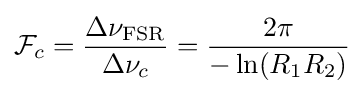
{\mathcal {F}}_{c}={\frac {\Delta \nu _{\rm {FSR}}}{\Delta \nu _{c}}}={\frac {2\pi }{-\ln(R_{1}R_{2})}}